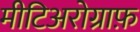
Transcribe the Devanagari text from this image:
मीटिअरोग्राफ़